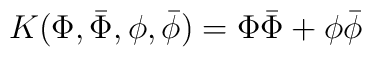
K(\Phi,\bar{\Phi},\phi,\bar{\phi})=\Phi\bar{\Phi}+\phi\bar{\phi}